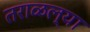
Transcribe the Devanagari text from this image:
तराळल्या